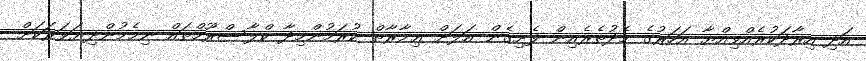
އަދި އިރާދަކުރެއްވިއްޔާ އަހަރުގެ މެދުތެރެއިން ފެށިގެން އަލަށް ޢިމާރާތް ކުރަމުންމިދާ ކްލާސްރޫމްތައް ނިމެމުންދިޔަވަރަކަށް